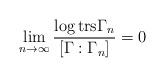
LaTeX: \begin{align*}\lim_{n\rightarrow\infty}\frac{\log\mathrm{trs}\Gamma_{n}}{[\Gamma:\Gamma_{n}]}=0\end{align*}